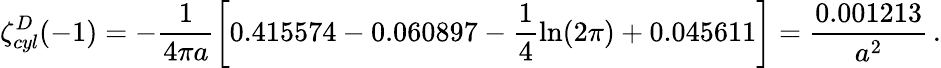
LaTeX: \zeta_{cyl}^{D}(-1)=-\frac{1}{4\pi a}\left[0.415574-0.060897-\frac{1}{4}\ln(2\pi)+0.045611\right]=\frac{0.001213}{a^{2}}\, {.}